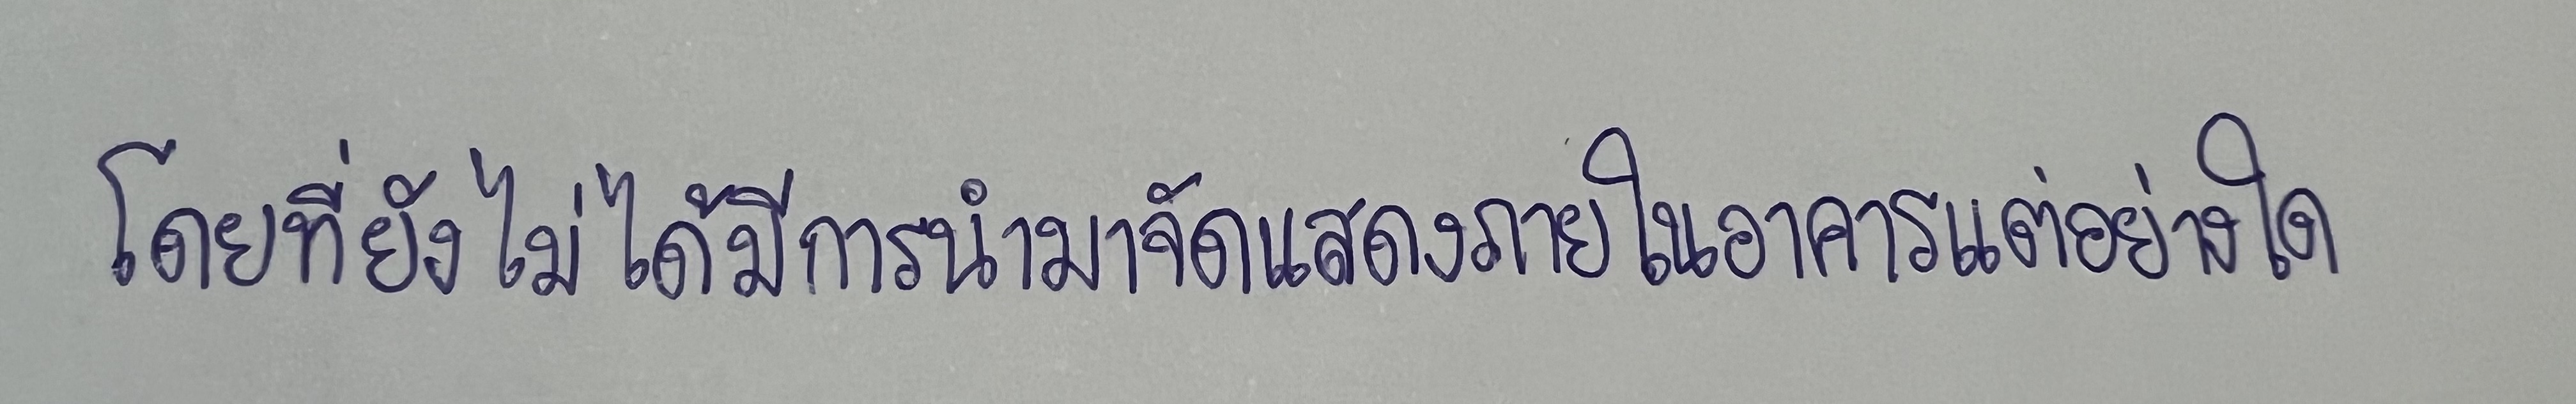
โดยที่ยังไม่ได้มีการนำมาจัดแสดงภายในอาคารแต่อย่างใด